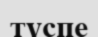
түспе